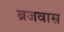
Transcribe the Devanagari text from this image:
ब्रजवास